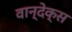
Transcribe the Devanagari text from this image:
वान्देक्स